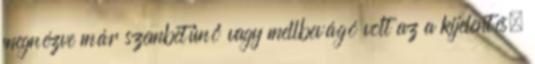
megnézve már szembetűnő vagy mellbevágó volt az a kijelentés,